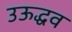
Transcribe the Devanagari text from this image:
उऊद्धव